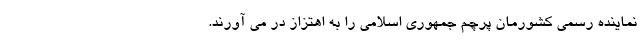
نماینده رسمی کشورمان پرچم جمهوری اسلامی را به اهتزاز در می آورند.